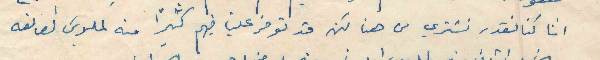
اننا كنا نقدر نشتري من هنا لكن قد توفر علينا فيهم كثيراً منه لملبوس الصانعه